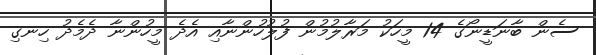
ސެން ބާނަޑީނޯގެ 14 މީހަކު މަރާލުމުން ފުލުހުންނާއި އެދެ މީހުންނާ ދެމެދު ހިނގި